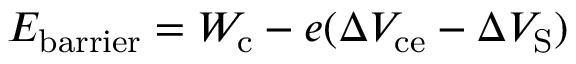
E _ { \mathrm { { b a r r i e r } } } = W _ { \mathrm { { c } } } - e ( \Delta V _ { \mathrm { { c e } } } - \Delta V _ { \mathrm { { S } } } )